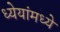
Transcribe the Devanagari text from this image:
ध्येयांमध्ये